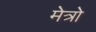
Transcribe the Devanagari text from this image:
मेत्रो